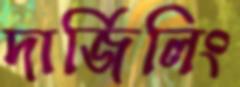
দার্জিলিং